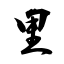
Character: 里